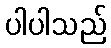
ပါပါသည်